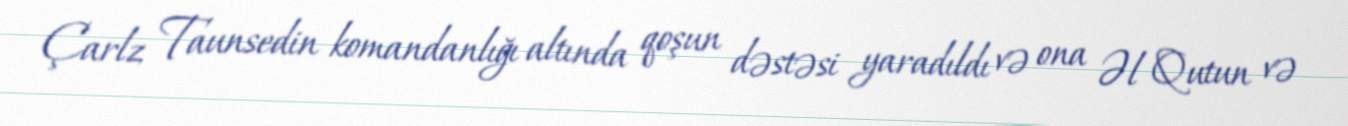
Çarlz Taunsedin komandanlığı altında qoşun dəstəsi yaradıldı və ona Əl Qutun və